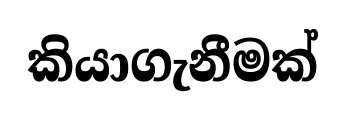
කියාගැනීමක්